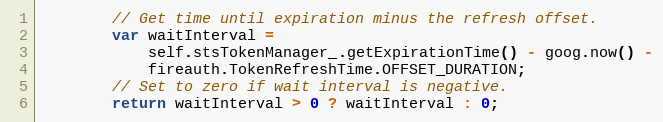
Language: JavaScript
        // Get time until expiration minus the refresh offset.
        var waitInterval =
            self.stsTokenManager_.getExpirationTime() - goog.now() -
            fireauth.TokenRefreshTime.OFFSET_DURATION;
        // Set to zero if wait interval is negative.
        return waitInterval > 0 ? waitInterval : 0;